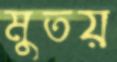
মুতয়